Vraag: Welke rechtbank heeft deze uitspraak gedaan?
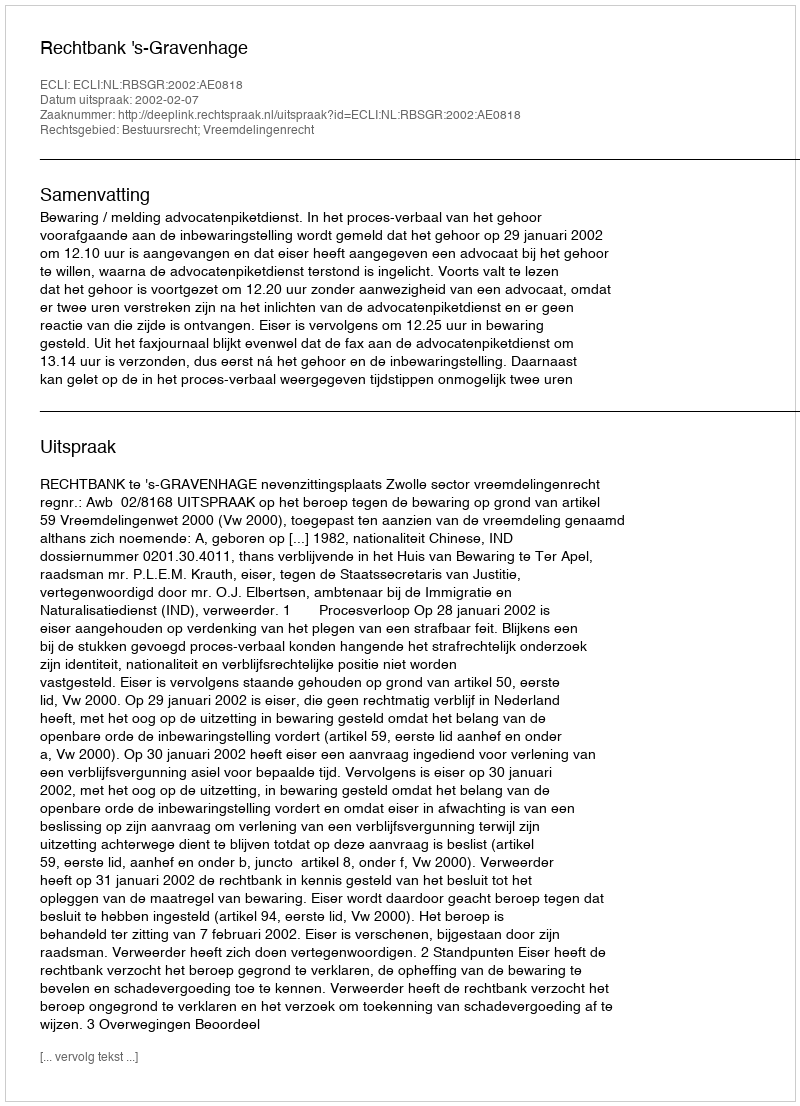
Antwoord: Rechtbank 's-Gravenhage